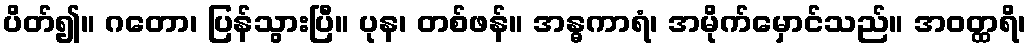
ပိတ်၍။ ဂတော၊ ပြန်သွားပြီ။ ပုန၊ တစ်ဖန်။ အန္ဓကာရံ၊ အမိုက်မှောင်သည်။ အဝတ္ထရိ၊